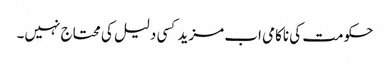
حکومت کی ناکامی اب مزید کسی دلیل کی محتاج نہیں۔